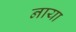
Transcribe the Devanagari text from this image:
नाया